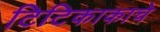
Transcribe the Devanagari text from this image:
टिटिकाकाचे